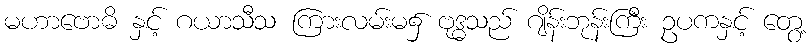
မဟာဗောဓိ နှင့် ဂယာသီသ ကြားလမ်းမ၌ ဗုဒ္ဓသည် ဂျိန်းဘုန်းကြီး ဥပကနှင့် တွေ့